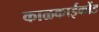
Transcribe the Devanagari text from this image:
काळकाईकोंड